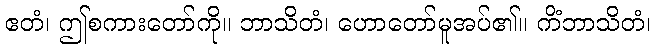
ဧတံ၊ ဤစကားတော်ကို။ ဘာသိတံ၊ ဟောတော်မူအပ်၏။ ကိံဘာသိတံ၊